Indian journal of veterinary science and animal husbandry - Volume 12,
Year: 1942
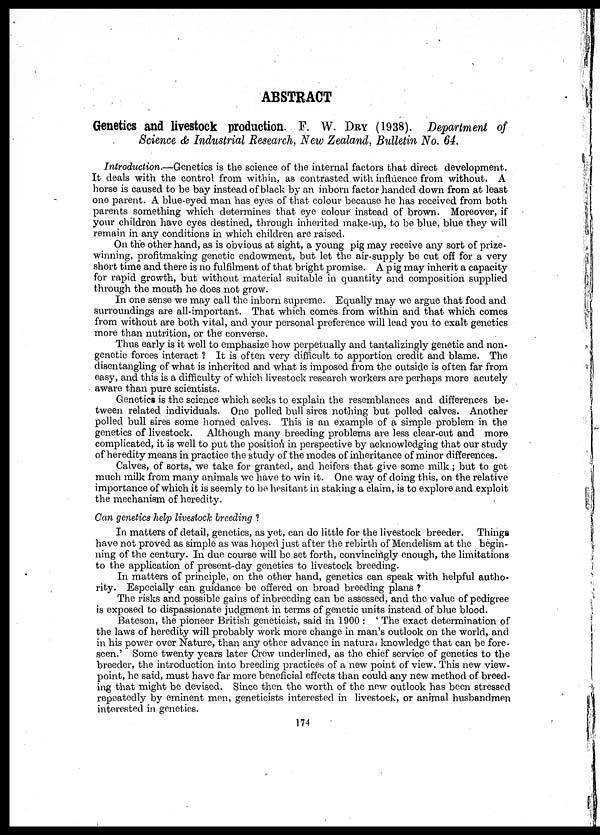
ABSTRACT
Genetics and livestock production. F. W. DRY (1938). Department of
Science & Industrial Research, New Zealand, Bulletin No. 64.
Introduction.—Genetics is the science of the internal factors that direct development.
It deals with the control from within, as contrasted with influence from without. A
horse is caused to be bay instead of black by an inborn factor handed down from at least
one parent. A blue-eyed man has eyes of that colour because he has received from both
parents something which determines that eye colour instead of brown. Moreover, if
your children have eyes destined, through inherited make-up, to be blue, blue they will
remain in any conditions in which children are raised.
On the other hand, as is obvious at sight, a young pig may receive any sort of prize-
winning, profitmaking genetic endowment, but let the air-supply be cut off for a very
short time and there is no fulfilment of that bright promise. A pig may inherit a capacity
for rapid growth, but without material suitable in quantity and composition supplied
through the mouth he does not grow.
In one sense we may call the inborn supreme. Equally may we argue that food and
surroundings are all-important. That which comes from within and that which comes
from without are both vital, and your personal preference will lead you to exalt genetics
more than nutrition, or the converse.
Thus early is it well to emphasize how perpetually and tantalizingly genetic and non-
genetic forces interact ? It is often very difficult to apportion credit and blame. The
disentangling of what is inherited and what is imposed from the outside is often far from
easy, and this is a difficulty of which livestock research workers are perhaps more acutely
aware than pure scientists.
Genetics is the science which seeks to explain the resemblances and differences be-
tween related individuals. One polled bull sires nothing but polled calves. Another
polled bull sires some horned calves. This is an example of a simple problem in the
genetics of livestock. Although many breeding problems are less clear-cut and more
complicated, it is well to put the position in perspective by acknowledging that our study
of heredity means in practice the study of the modes of inheritance of minor differences.
Calves, of sorts, we take for granted, and heifers that give some milk ; but to get
much milk from many animals we have to win it. One way of doing this, on the relative
importance of which it is seemly to be hesitant in staking a claim, is to explore and exploit
the mechanism of heredity.
Can genetics help livestock breeding ?
In matters of detail, genetics, as yet, can do little for the livestock breeder.
Things
have not proved as simple as was hoped just after the rebirth of Mendelism at the begin-
ning of the century. In due course will be set forth, convincingly enough, the limitations
to the application of present-day genetics to livestock breeding.
In matters of principle, on the other hand, genetics can speak with helpful autho-
rity. Especially can guidance be offered on broad breeding plans ?
The risks and possible gains of inbreeding can be assessed, and the value of pedigree
is exposed to dispassionate judgment in terms of genetic units instead of blue blood.
Bateson, the pioneer British geneticist, said in 1900 : ' The exact determination of
the laws of heredity will probably work more change in man's outlook on the world, and
in his power over Nature, than any other advance in natural knowledge that can be fore-
seen.' Some twenty years later Crew underlined, as the chief service of genetics to the
breeder, the introduction into breeding practices of a new point of view. This new view-
point, he said, must have far more beneficial effects than could any new method of breed-
ing that might be devised. Since then the worth of the new outlook has been stressed
repeatedly by eminent men, geneticists interested in livestock, or animal husbandmen
interested in genetics.
174